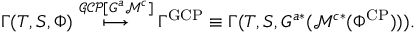
\Gamma ( T , S , \Phi ) \stackrel { \mathcal { G C P } [ G ^ { a } \mathcal { M } ^ { c } ] } { \longmapsto } \Gamma ^ { \mathrm { G C P } } \equiv \Gamma ( T , S , G ^ { a * } ( \mathcal { M } ^ { c * } ( \Phi ^ { \mathrm { C P } } ) ) ) .